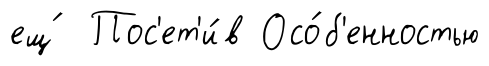
ещ́ Пос'ет'и́в Осо́б'енностью